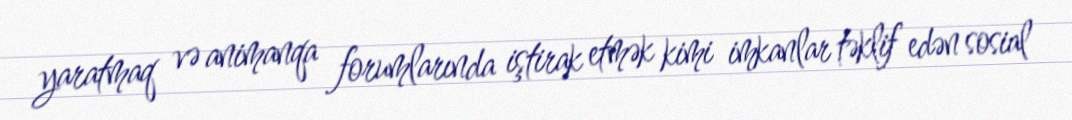
yaratmaq və animanqa forumlarında iştirak etmək kimi imkanlar təklif edən sosial